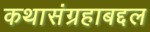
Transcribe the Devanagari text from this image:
कथासंग्रहाबद्दल